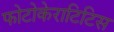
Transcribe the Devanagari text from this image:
फोटोकेराटिटिस